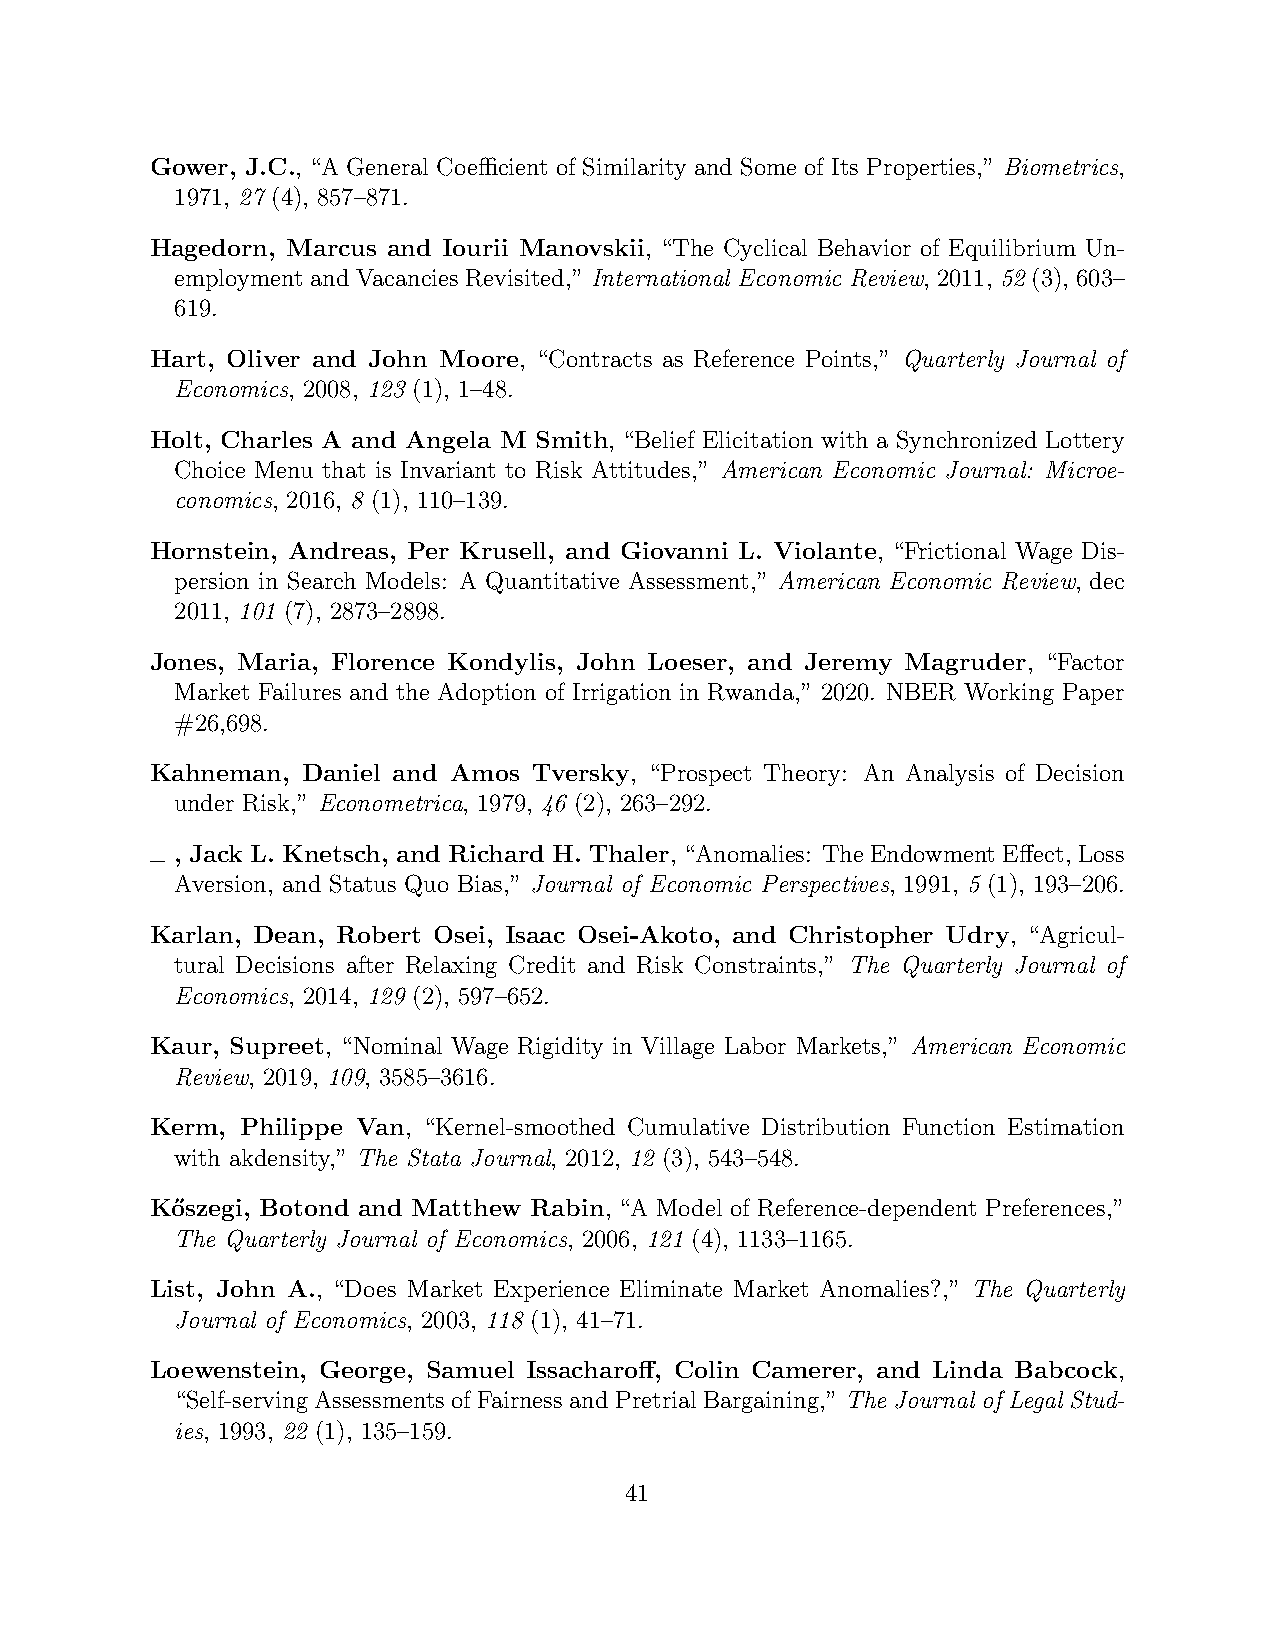
Gower, J.C., “A General Coefficient of Similarity and Some of Its Properties,” Biometrics,
 1971, 27 (4), 857–871.
 Hagedorn, Marcus and Iourii Manovskii, “The Cyclical Behavior of Equilibrium Un-
 employment and Vacancies Revisited,” International Economic Review, 2011, 52 (3), 603–
 619.
 Hart, Oliver and John Moore, “Contracts as Reference Points,” Quarterly Journal of
 Economics, 2008, 123 (1), 1–48.
 Holt, Charles A and Angela M Smith, “Belief Elicitation with a Synchronized Lottery
 Choice Menu that is Invariant to Risk Attitudes,” American Economic Journal: Microe-
 conomics, 2016, 8 (1), 110–139.
 Hornstein, Andreas, Per Krusell, and Giovanni L. Violante, “Frictional Wage Dis-
 persion in Search Models: A Quantitative Assessment,” American Economic Review, dec
 2011, 101 (7), 2873–2898.
 Jones, Maria, Florence Kondylis, John Loeser, and Jeremy Magruder, “Factor
 Market Failures and the Adoption of Irrigation in Rwanda,” 2020. NBER Working Paper
 #26,698.
 Kahneman, Daniel and Amos Tversky, “Prospect Theory: An Analysis of Decision
 under Risk,” Econometrica, 1979, 46 (2), 263–292.
 , Jack L. Knetsch, and Richard H. Thaler, “Anomalies: TheEndowmentEffect, Loss
 Aversion, and Status Quo Bias,” Journal of Economic Perspectives, 1991, 5 (1), 193–206.
 Karlan, Dean, Robert Osei, Isaac Osei-Akoto, and Christopher Udry, “Agricul-
 tural Decisions after Relaxing Credit and Risk Constraints,” The Quarterly Journal of
 Economics, 2014, 129 (2), 597–652.
 Kaur, Supreet, “Nominal Wage Rigidity in Village Labor Markets,” American Economic
 Review, 2019, 109, 3585–3616.
 Kerm, Philippe Van, “Kernel-smoothed Cumulative Distribution Function Estimation
 with akdensity,” The Stata Journal, 2012, 12 (3), 543–548.
 Ko˝szegi, Botond and Matthew Rabin, “A Model of Reference-dependent Preferences,”
 The Quarterly Journal of Economics, 2006, 121 (4), 1133–1165.
 List, John A., “Does Market Experience Eliminate Market Anomalies?,” The Quarterly
 Journal of Economics, 2003, 118 (1), 41–71.
 Loewenstein, George, Samuel Issacharoff, Colin Camerer, and Linda Babcock,
 “Self-serving Assessments of Fairness andPretrial Bargaining,” The Journal of Legal Stud-
 ies, 1993, 22 (1), 135–159.
 41